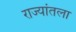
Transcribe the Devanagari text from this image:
राज्यांतला